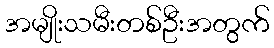
အမျိုးသမီးတစ်ဦးအတွက်